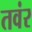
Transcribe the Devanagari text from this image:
तवंर